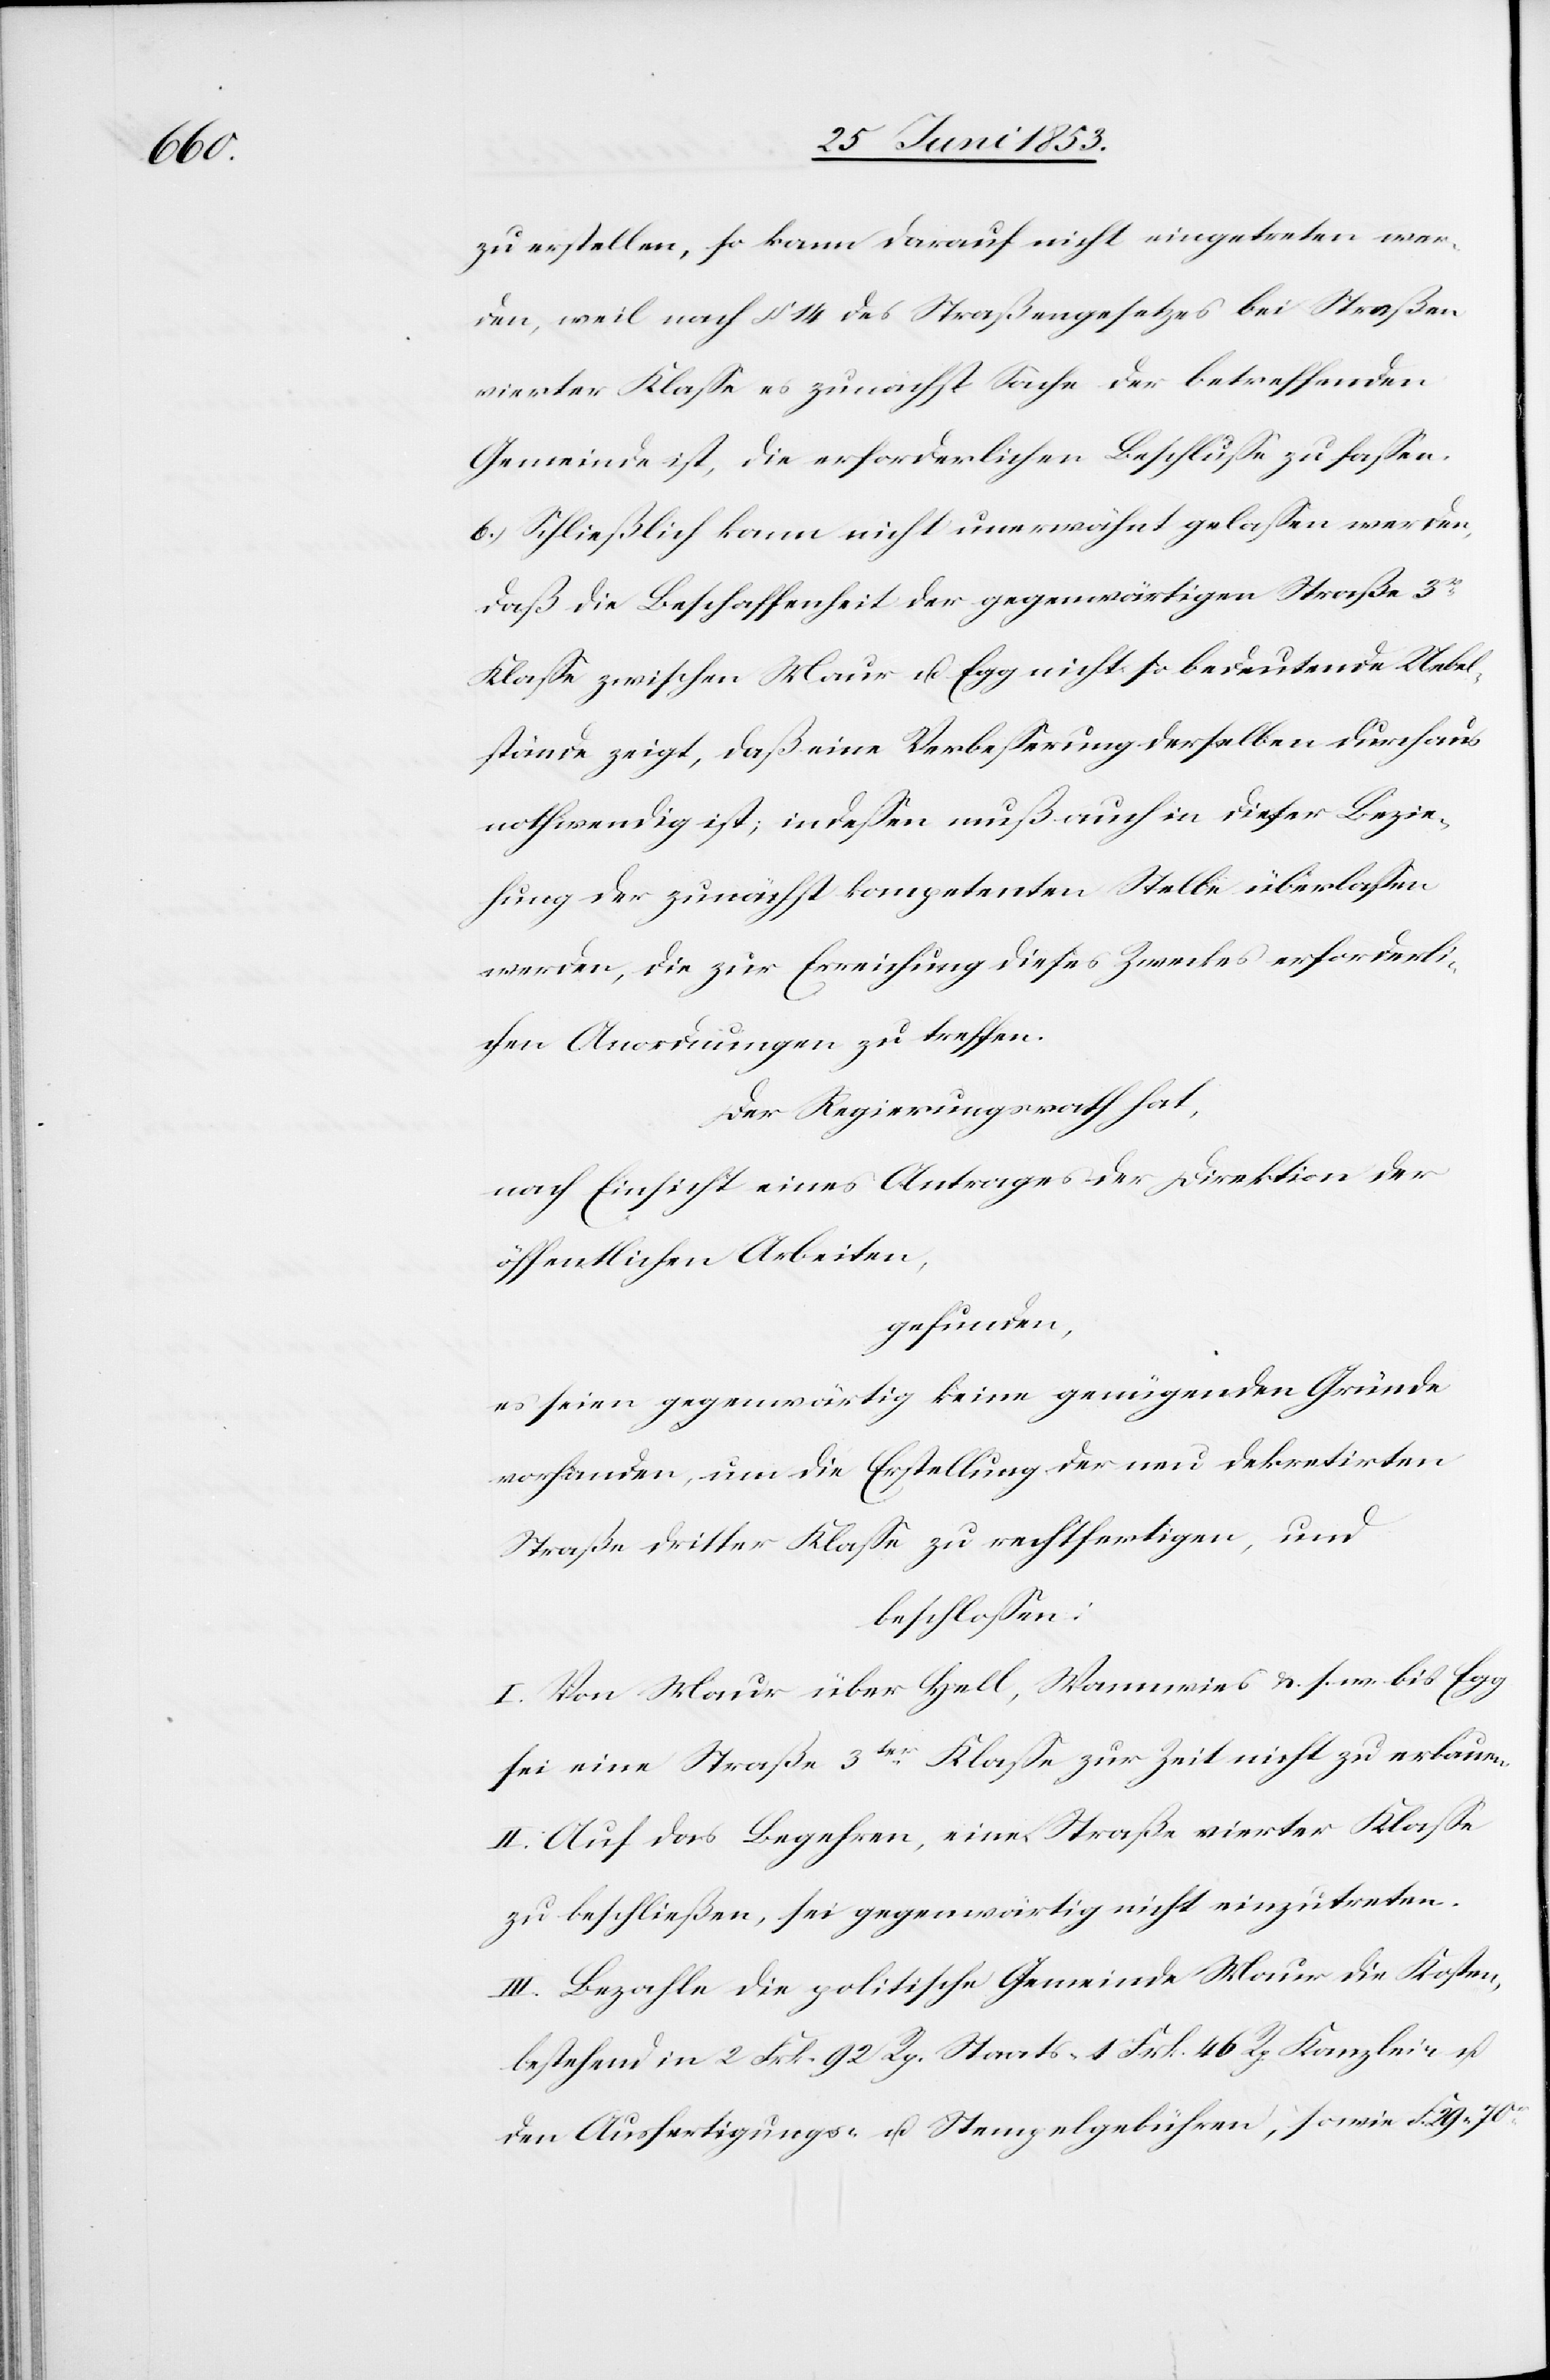
zu erstellen, so kann darauf nicht eingetreten wer¬
den, weil nach § 14 des Straßengesetzes bei Straßen
vierter Klaße es zunächst Sache der betreffenden
Gemeinden ist, die erforderlichen Beschlüße zu faßen.
6.) Schließlich kann nicht unerwähnt gelaßen werden,
daß die Beschaffenheit der gegenwärtigen Straße 3r.
Klaße zwischen Maur u. Egg nicht so bedeutende Uebel¬
stände zeigt, daß eine Verbeßerung derselben durchaus
nothwendig ist, indeßen muß auch in diese Bezie¬
hung der zunächst kompetenten Stelle überlaßen
werden, die zur Erreichung dieses Zweckes erforderli¬
chen Anordnungen zu treffen.
Der Regierungsrath hat,
nach Einsicht eines Antrages der Direktion der
öffentlichen Arbeiten,
gefunden,
es seien gegenwärtig keine genügenden Gründe
vorhanden, um die Erstellung der neu dekretirten
Straße dritter Klaße zu rechtfertigen, und
beschloßen:
I. Von Maur über Hell, Wannwies u. s. w. bis Egg
sei eine Straße 3ter. Klaße zur Zeit nicht zu erbauen.
II. Auf das Begehren, eine Straße vierter Klaße
zu beschließen, sei gegenwärtig nicht einzutreten.
III. Bezahle die politische Gemeinde Maur die Kosten,
bestehend in 2 Frk. 92 Rp. Staats- 1 Frk. 46 Rp. Kanzlei u.
den Ausfertigungs- u. Stempelgebühren, sowie F. 29. 70